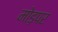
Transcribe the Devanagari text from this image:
मोड़पर